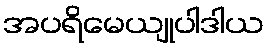
အပရိမေယျုပါဒါယ